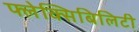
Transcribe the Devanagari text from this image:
फ्लेक्सिबिलिटी